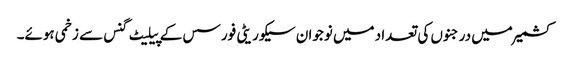
کشمیر میں درجنوں کی تعداد میں نوجوان سیکوریٹی فورسس کے پیلیٹ گنس سے زخمی ہوئے۔